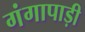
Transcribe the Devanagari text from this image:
गंगापाड़ी